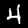
Digit: 4